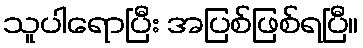
သူပါရောပြီး အပြစ်ဖြစ်ရပြီ။